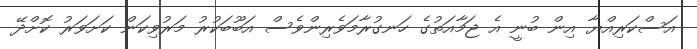
އަސްކަރިއްޔާ އިން ބުނީ އެ ޖަމާއަތުގެ ހަނގުރާމަވެރިންވެސް އަބޫބަކުރު މަރުވިކަން ކަށަވަރު ކޮށްދޭ